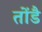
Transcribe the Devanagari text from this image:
तोंडै